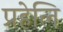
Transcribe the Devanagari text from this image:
प्रहेलि